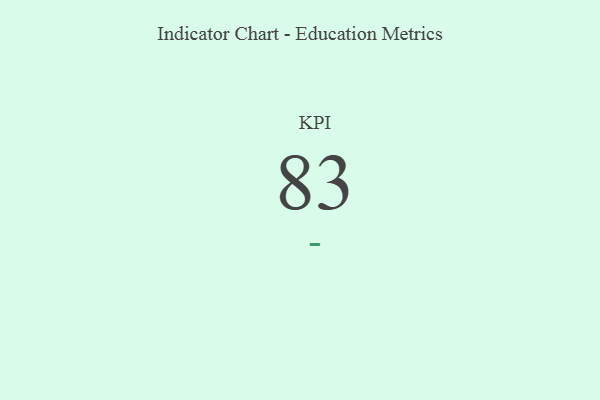
{"axis": {"x": "KPI", "y": "Value"}, "legend": [""], "data": [{"x": "KPI", "y": 83, "type": ""}]}